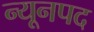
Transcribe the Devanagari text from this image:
न्यूनपद